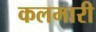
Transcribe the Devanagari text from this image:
कलमारी